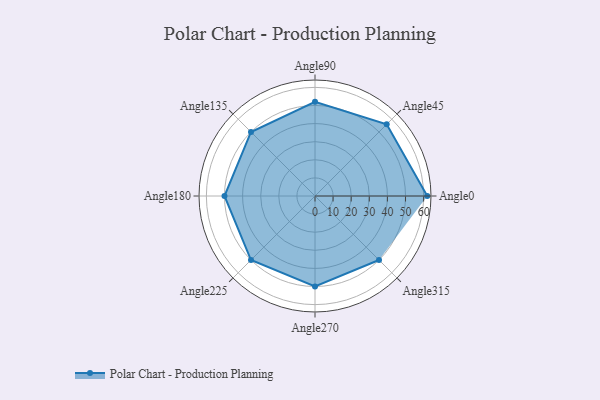
{"axis": {"x": "Angle", "y": "Radius"}, "legend": [""], "data": [{"x": "Angle0", "y": 62.0, "type": ""}, {"x": "Angle45", "y": 56.0, "type": ""}, {"x": "Angle90", "y": 52.0, "type": ""}, {"x": "Angle135", "y": 50, "type": ""}, {"x": "Angle180", "y": 50, "type": ""}, {"x": "Angle225", "y": 50, "type": ""}, {"x": "Angle270", "y": 50, "type": ""}, {"x": "Angle315", "y": 50, "type": ""}]}